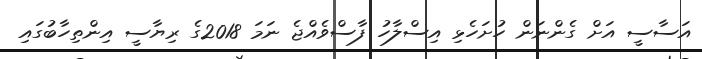
އަސާސީ އަށް ގެންނަން ހުށަހެޅި އިސްލާހު ފާސްވެއްޖެ ނަމަ 2018ގެ ރިޔާސީ އިންތިހާބުގައި